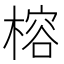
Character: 榕